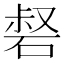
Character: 𥓍